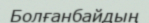
Болғанбайдың